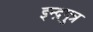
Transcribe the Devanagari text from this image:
इन्द्रपुत्र